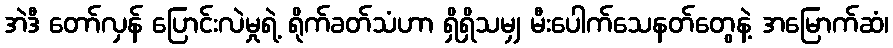
အဲဒီ တော်လှန် ပြောင်းလဲမှုရဲ့ ရိုက်ခတ်သံဟာ ရှိရှိသမျှ မီးပေါက်သေနတ်တွေနဲ့ အမြောက်ဆံ၊